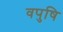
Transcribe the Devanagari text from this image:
वपुषि